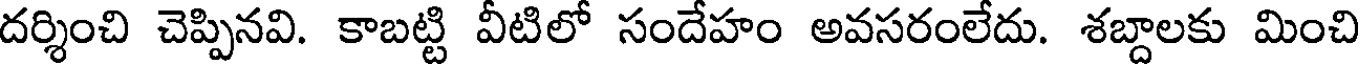
దర్శించి చెప్పినవి. కాబట్టి వీటిలో సందేహం అవసరంలేదు. శబ్దాలకు మించి